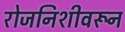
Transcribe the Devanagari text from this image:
रोजनिशीवरून